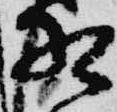
相